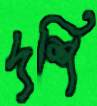
দশি